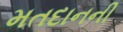
મતદાનની